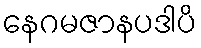
နေဂမဇာနပဒါပိ